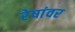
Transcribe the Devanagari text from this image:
रेषांवर